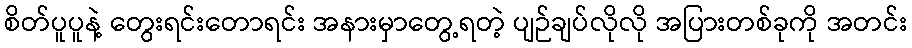
စိတ်ပူပူနဲ့ တွေးရင်းတောရင်း အနားမှာတွေ့ရတဲ့ ပျဉ်ချပ်လိုလို အပြားတစ်ခုကို အတင်း